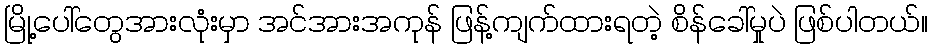
မြို့ပေါ်တွေအားလုံးမှာ အင်အားအကုန် ဖြန့်ကျက်ထားရတဲ့ စိန်ခေါ်မှုပဲ ဖြစ်ပါတယ်။